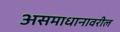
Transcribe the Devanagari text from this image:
असमाधानावरील